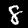
Label: 8